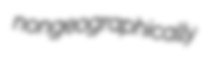
nongeographically